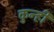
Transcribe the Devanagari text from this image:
कुन्ही